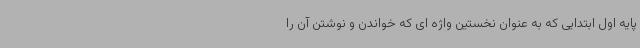
پایه اول ابتدایی که به عنوان نخستین واژه ای که خواندن و نوشتن آن را